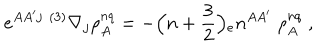
LaTeX: e ^ { A A ^ { \prime } j } \; { } ^ { ( 3 ) } \nabla _ { j } \rho _ { A } ^ { n q } = - \Bigr ( n + { \frac { 3 } { 2 } } \Bigr ) { _ { e } n ^ { A A ^ { \prime } } } \; \rho _ { A } ^ { n q } \; ,